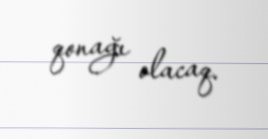
qonağı olacaq.